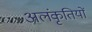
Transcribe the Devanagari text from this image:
अलंकृतियों